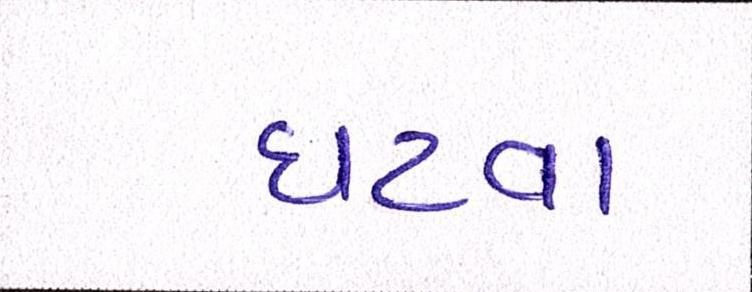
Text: ઘટવા